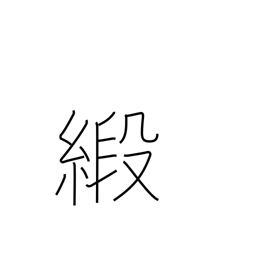
Meaning: damask